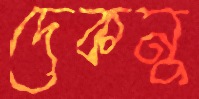
দেকনু